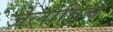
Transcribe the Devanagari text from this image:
जेलाविच